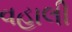
વહાલી